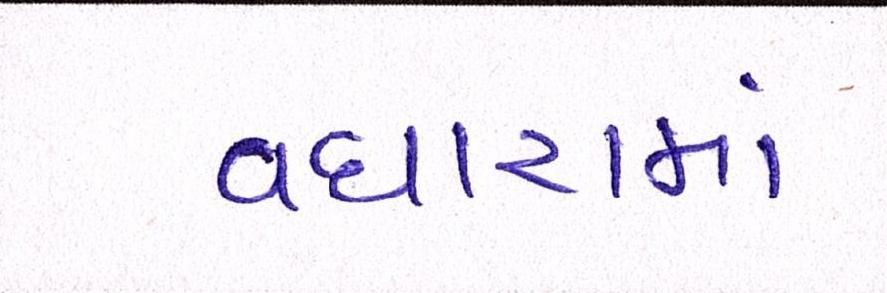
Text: વધારામાં